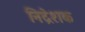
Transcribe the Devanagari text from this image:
निद्रेशक